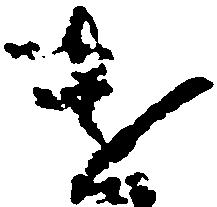
遣